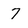
Character: 7